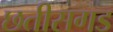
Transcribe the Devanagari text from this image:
छतीसगड